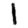
Digit: 1